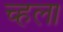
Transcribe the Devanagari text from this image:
च्हला